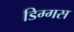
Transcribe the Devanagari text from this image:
डिग्गस